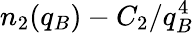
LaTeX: n_{2}(q_{B})-C_{2}/q_{B}^{4}